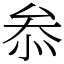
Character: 𠫵